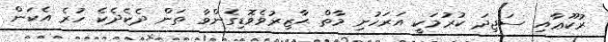
ރުކޫޢާއި ސަޖިދަ ކުރުމަކީ އަރަހުށި މާތް ޙާޒިރުވެވޮޑިގެންވާ ތަން ދެކެދެކެ ހުރެ އެކަން